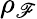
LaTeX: \rho_{\mathscr{F}}